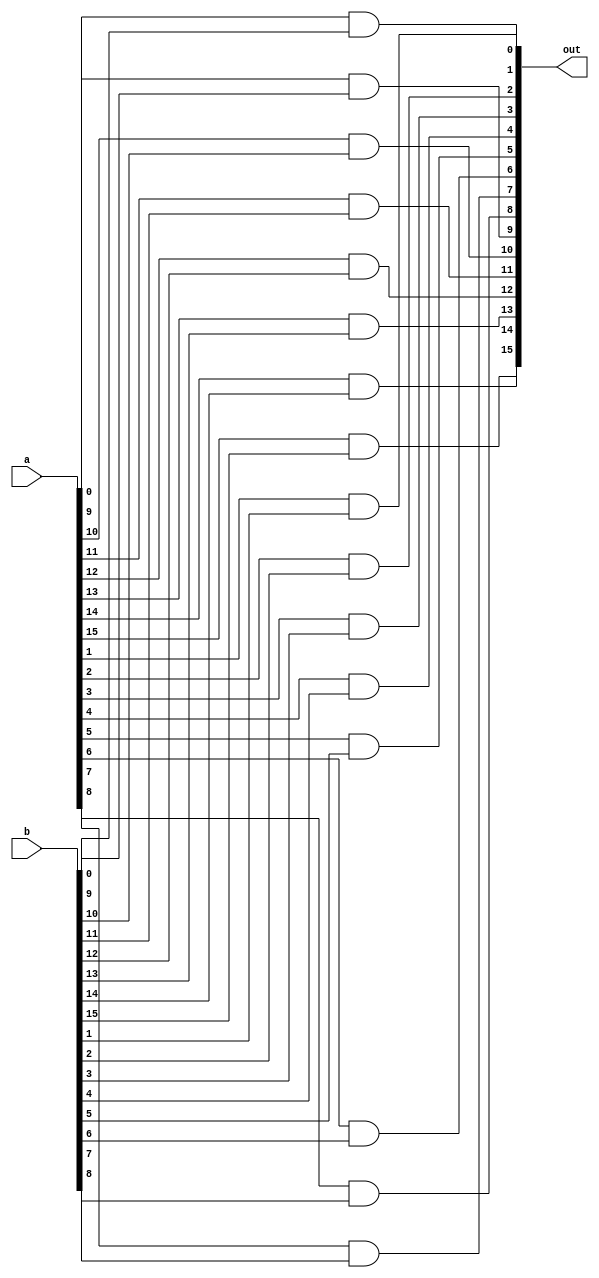
module And16 (
  input[15:0]  a,
  input[15:0]  b,
  output[15:0] out
);

  genvar i;
  for(i=0; i<16; i=i+1) begin
    and(out[i], a[i], b[i]);
  end

endmodule